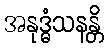
အနုဒ္ဓံသနန္တိ